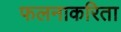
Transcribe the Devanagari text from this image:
फलनाकरिता